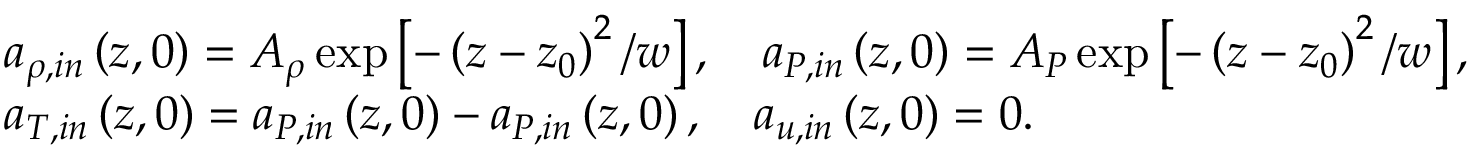
\begin{array} { r l } & { a _ { \rho , i n } \left( z , 0 \right) = A _ { \rho } \exp \left[ - \left( z - z _ { 0 } \right) ^ { 2 } / w \right] , \quad a _ { P , i n } \left( z , 0 \right) = A _ { P } \exp \left[ - \left( z - z _ { 0 } \right) ^ { 2 } / w \right] , } \\ & { a _ { T , i n } \left( z , 0 \right) = a _ { P , i n } \left( z , 0 \right) - a _ { P , i n } \left( z , 0 \right) , \quad a _ { u , i n } \left( z , 0 \right) = 0 . } \end{array}